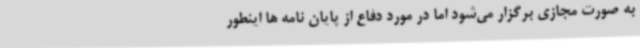
به صورت مجازی برگزار می‌شود اما در مورد دفاع از پایان نامه ها اینطور